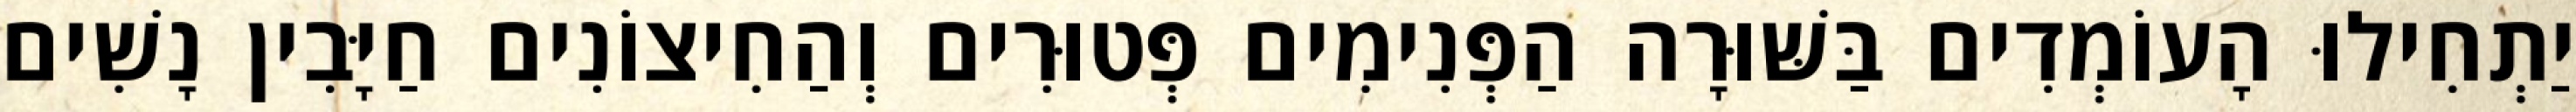
יַתְחִילוּ הָעוֹמְדִים בַּשּׁוּרָה הַפְּנִימִים פְּטוּרִים וְהַחִיצוֹנִים חַיָּבִין נָשִׁים